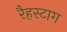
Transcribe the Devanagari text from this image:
रैहस्टाग